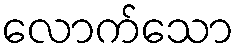
လောက်သော